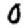
Digit: 0